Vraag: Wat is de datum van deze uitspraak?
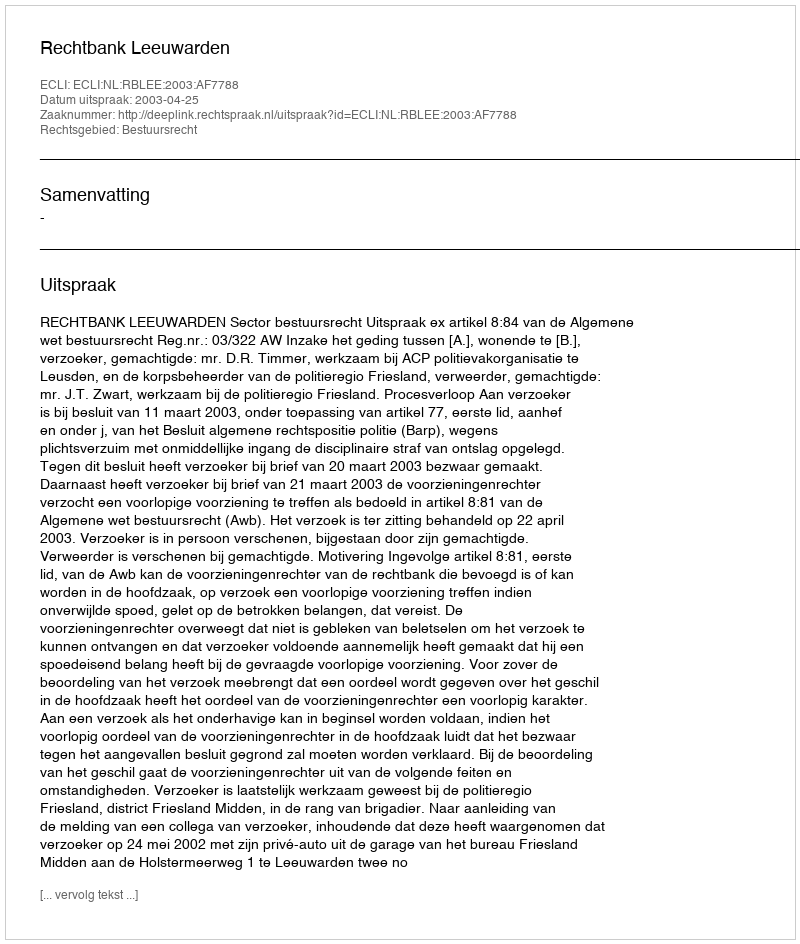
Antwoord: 2003-04-25